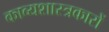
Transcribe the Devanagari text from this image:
काव्यशास्त्रकारों